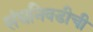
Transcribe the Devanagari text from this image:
संघनिवडीची